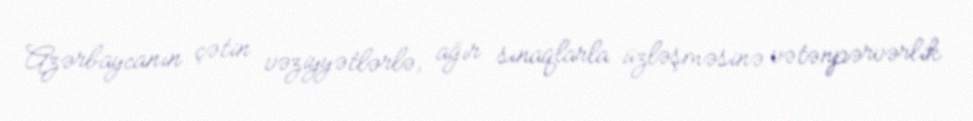
Azərbaycanın çətin vəziyyətlərlə, ağır sınaqlarla üzləşməsinə vətənpərvərlik